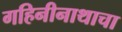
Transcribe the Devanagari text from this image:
गहिनीनाथाचा